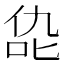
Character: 㖌